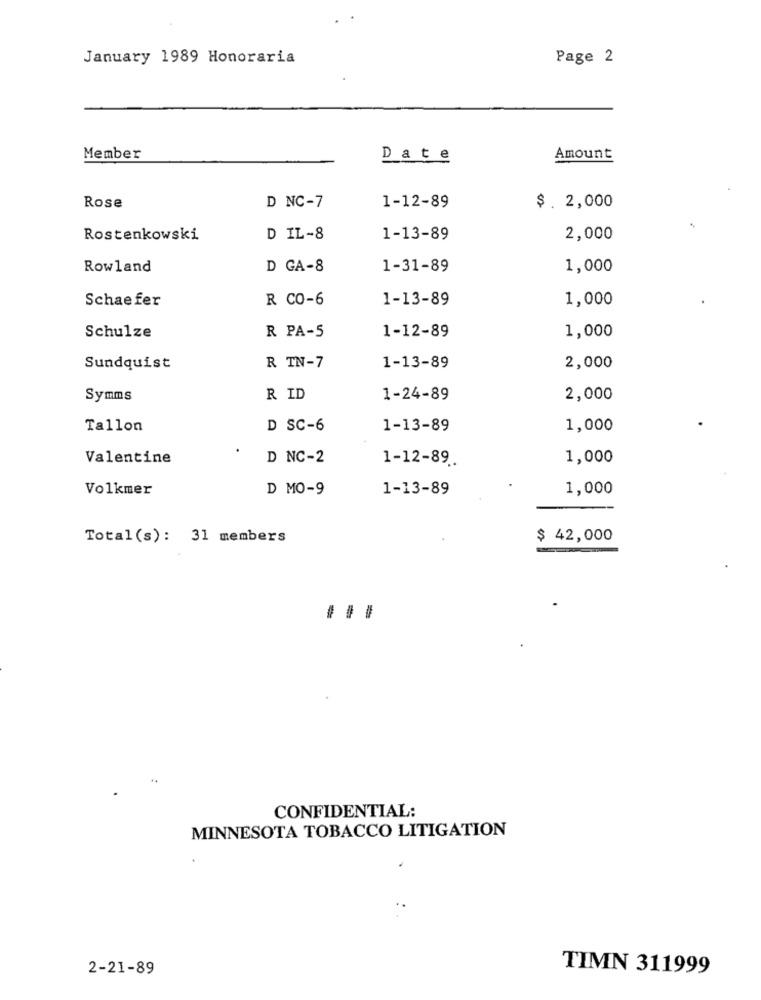
January 1989 Honoraria
Page 2
Member
Date
Amount
Rose
D NC-7
1-12-89
$. 2,000
Rostenkowski
D IL-8
1-13-89
2,000
Rowland
D GA-8
1-31-89
1,000
Schaefer
R CO-6
1-13-89
1,000
1,000
Schulze
R PA-5
1-12-89
2,000
Sundquist
R TN-7
1-13-89
Symms
R ID
1-24-89
2,000
Tallon
D SC-6
1-13-89
1,000
.
Valentine
D NC-2
1-12-89.
1,000
Volkmer
D MO-9
1-13-89
1,000
Total(s): 31 members
$ 42,000
CONFIDENTIAL:
MINNESOTA TOBACCO LITIGATION
2-21-89
TIMN 311999